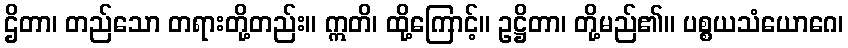
ဌိတာ၊ တည်သော တရားတို့တည်း။ ဣတိ၊ ထို့ကြောင့်။ ဥဋ္ဌိတာ၊ တို့မည်၏။ ပစ္စယသံယောဂေ၊